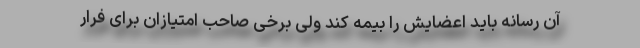
آن رسانه باید اعضایش را بیمه کند ولی برخی صاحب امتیازان برای فرار